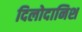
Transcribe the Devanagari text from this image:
दिलोदानिश